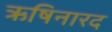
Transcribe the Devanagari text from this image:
ऋषिनारद